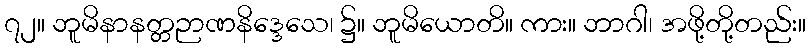
၇၂။ ဘူမိနာနတ္တဉာဏနိဒ္ဒေသေ၊ ၌။ ဘူမိယောတိ။ ကား။ ဘာဂါ၊ အဖို့တို့တည်း။